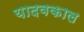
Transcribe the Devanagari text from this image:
यादवकाल